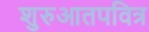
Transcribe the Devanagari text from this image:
शुरुआतपवित्र